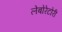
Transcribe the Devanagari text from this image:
लेबोरेटोरी